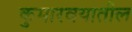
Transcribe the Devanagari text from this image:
कुमारवयातील